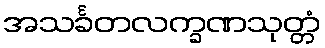
အသင်္ခတလက္ခဏသုတ္တံ